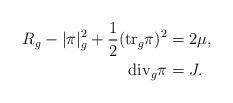
LaTeX: \begin{align*} R_g - | \pi |_g^2 +\frac{1}{2} (\mbox{tr}_g \pi)^2 &= 2\mu,\\\mbox{div}_g \pi &= J.\end{align*}